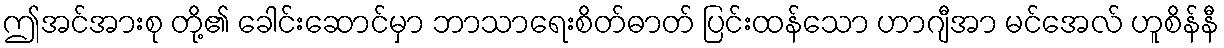
ဤအင်အားစု တို့၏ ခေါင်းဆောင်မှာ ဘာသာရေးစိတ်ဓာတ် ပြင်းထန်သော ဟာဂျီအာ မင်အေလ် ဟူစိန်နီ